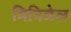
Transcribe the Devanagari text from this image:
मिनिजेल